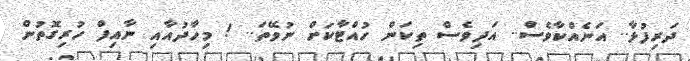
ދަރިފުޅާ.. އަނެއްކާވެސް.. އަދިވެސް ތިކަން ހުއްޓާކަށް ނުވޭތަ.. ! މިހާދުއާއި ނާއިފް ހުރިގޮތުން